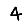
Digit: 4